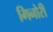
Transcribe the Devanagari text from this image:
गिनोरी